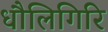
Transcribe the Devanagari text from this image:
धौलिगिरि